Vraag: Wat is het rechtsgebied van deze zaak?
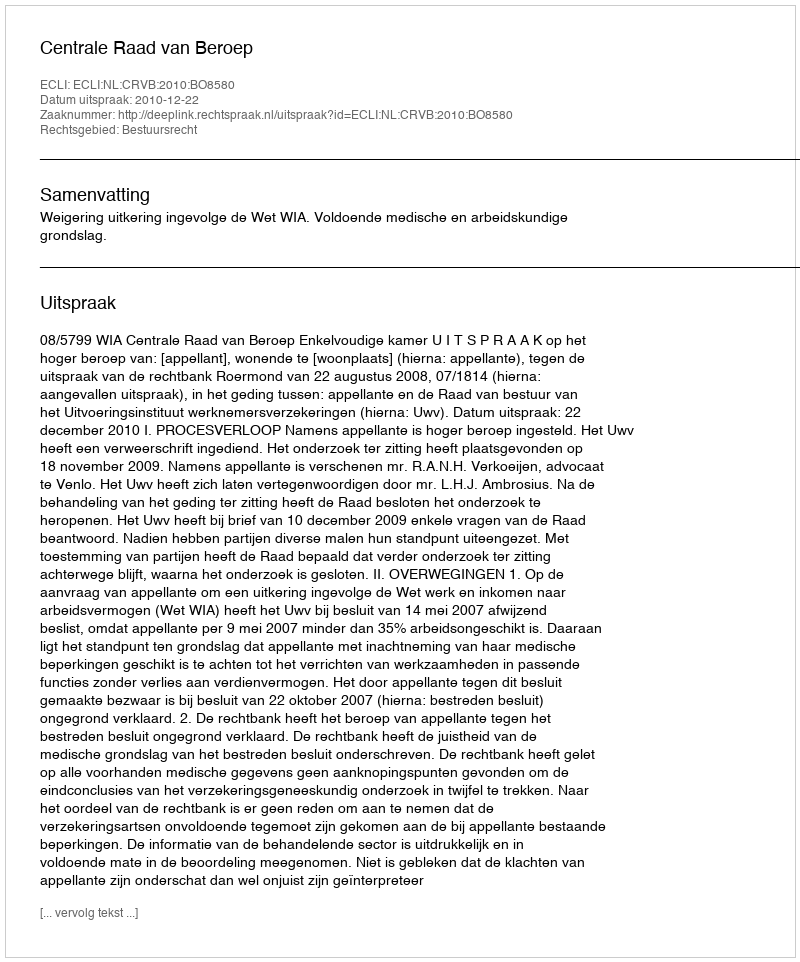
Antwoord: Bestuursrecht